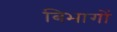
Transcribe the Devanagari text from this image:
बिभागों